画像に写った文字を読んでください
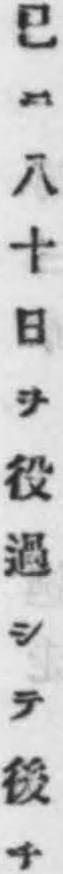
「已ニ八十日ヲ役過シテ後チ」と書いてあります